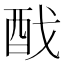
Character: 䣬